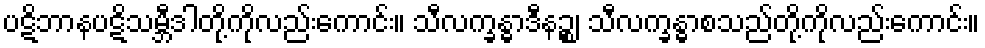
ပဋိဘာနပဋိသမ္ဘီဒါတို့ကိုလည်းကောင်း။ သီလက္ခန္ဓာဒီနဉ္စ၊ သီလက္ခန္ဓာစသည်တို့ကိုလည်းကောင်း။